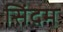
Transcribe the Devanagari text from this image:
सिंदम